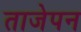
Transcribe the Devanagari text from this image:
ताजेपन